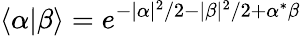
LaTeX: \langle\alpha|\beta\rangle=e^{-|\alpha|^{2}/2-|\beta|^{2}/2+\alpha^{*}\beta}